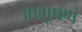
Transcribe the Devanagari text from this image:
आभूषणं